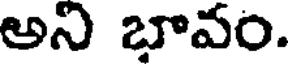
అని బావం.